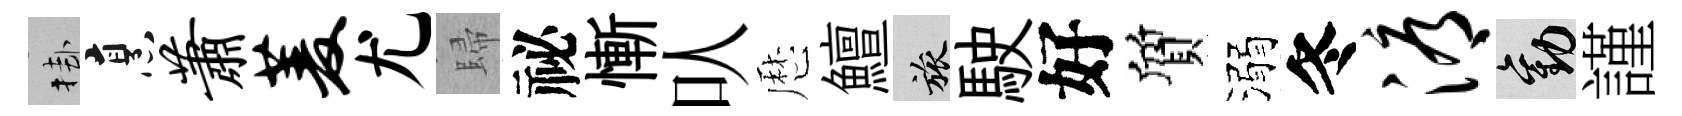
挂烹萧菱尤歸祕慚㕥厯鱣旅駛好質溺冬溽勸謹